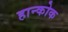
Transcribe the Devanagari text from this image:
हान्कोक